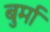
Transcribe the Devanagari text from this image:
बुर्मा